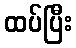
ထပ်ပြီး